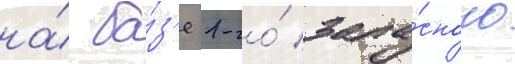
на́ ба́з'е 1-го́ запа́сного